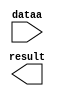
// megafunction wizard: %LPM_MULT%VBB%
// GENERATION: STANDARD
// VERSION: WM1.0
// MODULE: lpm_mult 

// ============================================================
// Megafunction Name(s):
// 			lpm_mult
//
// Simulation Library Files(s):
// 			lpm
// ============================================================
// ************************************************************
// THIS IS A WIZARD-GENERATED FILE. DO NOT EDIT THIS FILE!
//
// 17.0.0 Build 595 04/25/2017 SJ Lite Edition
// ************************************************************

//Copyright (C) 2017  Intel Corporation. All rights reserved.
//Your use of Intel Corporation's design tools, logic functions 
//and other software and tools, and its AMPP partner logic 
//functions, and any output files from any of the foregoing 
//(including device programming or simulation files), and any 
//associated documentation or information are expressly subject 
//to the terms and conditions of the Intel Program License 
//Subscription Agreement, the Intel Quartus Prime License Agreement,
//the Intel MegaCore Function License Agreement, or other 
//applicable license agreement, including, without limitation, 
//that your use is for the sole purpose of programming logic 
//devices manufactured by Intel and sold by Intel or its 
//authorized distributors.  Please refer to the applicable 
//agreement for further details.

module MULT (
	dataa,
	result);

	input	[9:0]  dataa;
	output	[23:0]  result;

endmodule

// ============================================================
// CNX file retrieval info
// ============================================================
// Retrieval info: PRIVATE: AutoSizeResult NUMERIC "1"
// Retrieval info: PRIVATE: B_isConstant NUMERIC "1"
// Retrieval info: PRIVATE: ConstantB NUMERIC "10000"
// Retrieval info: PRIVATE: INTENDED_DEVICE_FAMILY STRING "Cyclone V"
// Retrieval info: PRIVATE: LPM_PIPELINE NUMERIC "0"
// Retrieval info: PRIVATE: Latency NUMERIC "0"
// Retrieval info: PRIVATE: SYNTH_WRAPPER_GEN_POSTFIX STRING "0"
// Retrieval info: PRIVATE: SignedMult NUMERIC "0"
// Retrieval info: PRIVATE: USE_MULT NUMERIC "1"
// Retrieval info: PRIVATE: ValidConstant NUMERIC "1"
// Retrieval info: PRIVATE: WidthA NUMERIC "10"
// Retrieval info: PRIVATE: WidthB NUMERIC "14"
// Retrieval info: PRIVATE: WidthP NUMERIC "24"
// Retrieval info: PRIVATE: aclr NUMERIC "0"
// Retrieval info: PRIVATE: clken NUMERIC "0"
// Retrieval info: PRIVATE: new_diagram STRING "1"
// Retrieval info: PRIVATE: optimize NUMERIC "0"
// Retrieval info: LIBRARY: lpm lpm.lpm_components.all
// Retrieval info: CONSTANT: LPM_HINT STRING "INPUT_B_IS_CONSTANT=YES,MAXIMIZE_SPEED=5"
// Retrieval info: CONSTANT: LPM_REPRESENTATION STRING "UNSIGNED"
// Retrieval info: CONSTANT: LPM_TYPE STRING "LPM_MULT"
// Retrieval info: CONSTANT: LPM_WIDTHA NUMERIC "10"
// Retrieval info: CONSTANT: LPM_WIDTHB NUMERIC "14"
// Retrieval info: CONSTANT: LPM_WIDTHP NUMERIC "24"
// Retrieval info: USED_PORT: dataa 0 0 10 0 INPUT NODEFVAL "dataa[9..0]"
// Retrieval info: USED_PORT: result 0 0 24 0 OUTPUT NODEFVAL "result[23..0]"
// Retrieval info: CONNECT: @dataa 0 0 10 0 dataa 0 0 10 0
// Retrieval info: CONNECT: @datab 0 0 14 0 10000 0 0 14 0
// Retrieval info: CONNECT: result 0 0 24 0 @result 0 0 24 0
// Retrieval info: GEN_FILE: TYPE_NORMAL MULT.v TRUE
// Retrieval info: GEN_FILE: TYPE_NORMAL MULT.inc FALSE
// Retrieval info: GEN_FILE: TYPE_NORMAL MULT.cmp FALSE
// Retrieval info: GEN_FILE: TYPE_NORMAL MULT.bsf FALSE
// Retrieval info: GEN_FILE: TYPE_NORMAL MULT_inst.v FALSE
// Retrieval info: GEN_FILE: TYPE_NORMAL MULT_bb.v TRUE
// Retrieval info: LIB_FILE: lpm